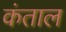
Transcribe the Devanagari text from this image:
कंताल